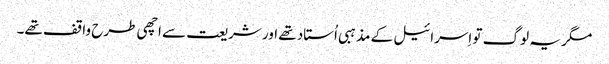
‏ مگر یہ لوگ تو اِسرائیل کے مذہبی اُستاد تھے اور شریعت سے اچھی طرح واقف تھے۔